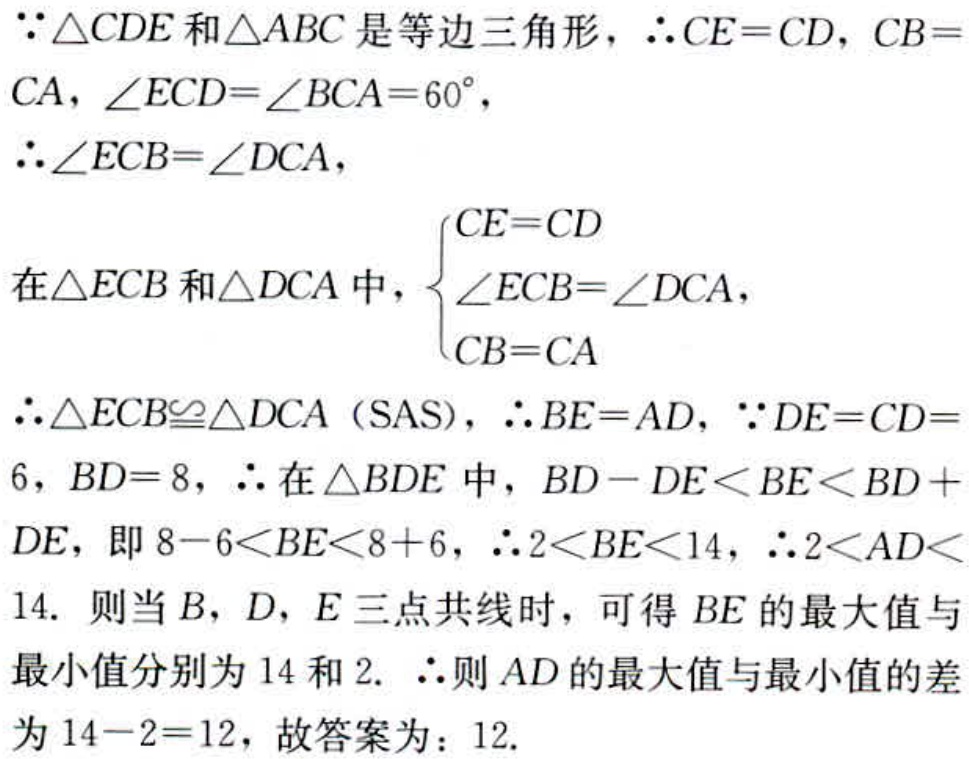
\(\because\triangle CDE\)和\(\triangle ABC\)是等边三角形，\(\therefore CE = CD\)，\(CB = CA\)，\(\angle ECD=\angle BCA = 60^{\circ}\)，
\(\therefore\angle ECB=\angle DCA\)，
在\(\triangle ECB\)和\(\triangle DCA\)中，\(\begin{cases}CE = CD\\\angle ECB=\angle DCA\\CB = CA\end{cases}\)
\(\therefore\triangle ECB\cong\triangle DCA\)（SAS），\(\therefore BE = AD\)，\(\because DE = CD = 6\)，\(BD = 8\)，\(\therefore\)在\(\triangle BDE\)中，\(BD - DE\lt BE\lt BD + DE\)，即\(8 - 6\lt BE\lt8 + 6\)，\(\therefore 2\lt BE\lt14\)，\(\therefore 2\lt AD\lt14\). 则当\(B\)，\(D\)，\(E\)三点共线时，可得\(BE\)的最大值与最小值分别为\(14\)和\(2\). \(\therefore\)则\(AD\)的最大值与最小值的差为\(14 - 2 = 12\)，故答案为：\(12\).